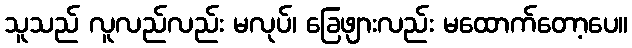
သူသည် လူလည်လည်း မလုပ်၊ ခြေဖျားလည်း မထောက်တော့ပေ။